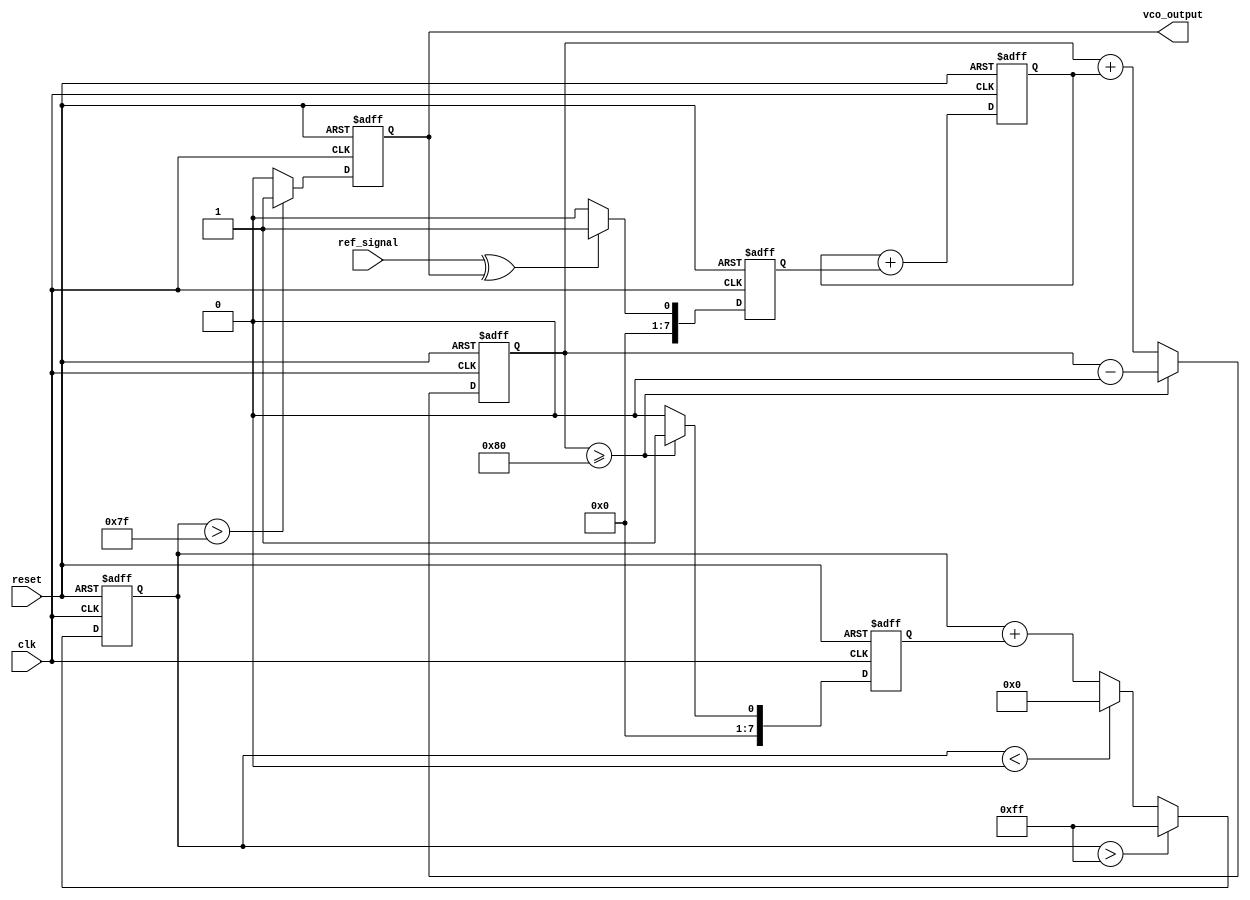
module sigma_delta_pll (
    input wire clk,                // System clock
    input wire reset,              // Reset signal
    input wire ref_signal,         // Reference input signal
    output reg vco_output          // VCO output signal
);

// Parameters
parameter N = 8;                  // Number of bits for the sigma-delta modulator
parameter VCO_MAX = 255;          // Maximum VCO output value
parameter VCO_MIN = 0;            // Minimum VCO output value

// Internal signals
reg [N-1:0] phase_error;          // Phase error from phase detector
reg [N-1:0] control_signal;       // Control signal from loop filter
reg [N-1:0] vco_control;          // Control signal for VCO
reg [N-1:0] sigma_delta_reg;      // Sigma-delta modulator register
reg [N-1:0] integrator;           // Integrator for sigma-delta modulator
reg vco_enable;                   // VCO enable signal

// Phase Detector (PD)
always @(posedge clk or posedge reset) begin
    if (reset) begin
        phase_error <= 0;
    end else begin
        // Simple XOR phase detector
        phase_error <= (ref_signal ^ vco_output) ? 1 : 0;
    end
end

// Loop Filter (Simple Integrator)
always @(posedge clk or posedge reset) begin
    if (reset) begin
        control_signal <= 0;
    end else begin
        control_signal <= control_signal + phase_error; // Integrate phase error
    end
end

// Sigma-Delta Modulator
always @(posedge clk or posedge reset) begin
    if (reset) begin
        sigma_delta_reg <= 0;
        integrator <= 0;
    end else begin
        integrator <= integrator + control_signal; // Integrate control signal
        if (integrator >= (1 << (N-1))) begin
            sigma_delta_reg <= 1; // Output high
            integrator <= integrator - (1 << N); // Feedback
        end else begin
            sigma_delta_reg <= 0; // Output low
        end
    end
end

// Voltage-Controlled Oscillator (VCO)
always @(posedge clk or posedge reset) begin
    if (reset) begin
        vco_control <= VCO_MIN;
        vco_output <= 0;
    end else begin
        // Update VCO control based on sigma-delta output
        vco_control <= vco_control + sigma_delta_reg;
        if (vco_control > VCO_MAX) begin
            vco_control <= VCO_MAX;
        end else if (vco_control < VCO_MIN) begin
            vco_control <= VCO_MIN;
        end
        
        // Generate VCO output (simple representation)
        vco_output <= (vco_control > (VCO_MAX / 2)) ? 1 : 0; // Toggle output based on control
    end
end

endmodule